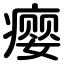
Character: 瘿